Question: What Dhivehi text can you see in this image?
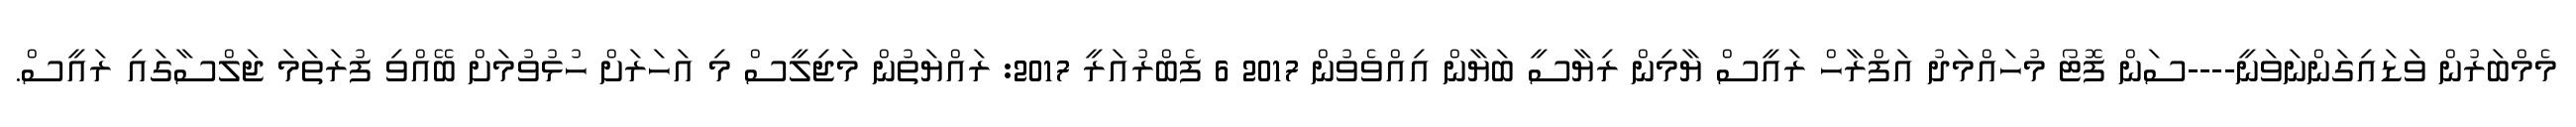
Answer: މެމްބަރުން ވަޑައިގަންނަވަނީ----ސަން ފޮޓޯ މުހައްމަދު އަފްރާހް ރައީސް ޔާމިން ރިޔާސީ ބަޔާން އިއްވެވުން 2017 6 ފެބްރުއަރީ 2017: ރައްޔަތުން މަޖިލީސް މި އަހަރަށް ހުޅުވުމަށް ބޭއްވި ފުރަތަމަ ޖަލްސާގައި ރައީސް.